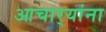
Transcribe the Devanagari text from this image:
आचार्‍यांना